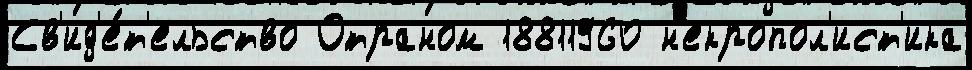
Св'ид'е́т'ельство Отраном 18811960 н'екропол'ист'ика